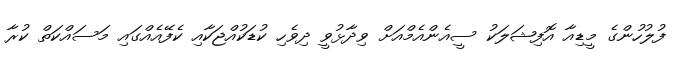
ފުލުހުންގެ މީޑިއާ އޮފިޝަލަކު ސީއެންއެމްއަށް ވިދާޅުވީ ދިވެހި ކުޑަކުއްޖަކާއި ކެފޭއެއްގައި މަސައްކަތް ކުރާ